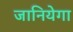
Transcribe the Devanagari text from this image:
जानियेगा